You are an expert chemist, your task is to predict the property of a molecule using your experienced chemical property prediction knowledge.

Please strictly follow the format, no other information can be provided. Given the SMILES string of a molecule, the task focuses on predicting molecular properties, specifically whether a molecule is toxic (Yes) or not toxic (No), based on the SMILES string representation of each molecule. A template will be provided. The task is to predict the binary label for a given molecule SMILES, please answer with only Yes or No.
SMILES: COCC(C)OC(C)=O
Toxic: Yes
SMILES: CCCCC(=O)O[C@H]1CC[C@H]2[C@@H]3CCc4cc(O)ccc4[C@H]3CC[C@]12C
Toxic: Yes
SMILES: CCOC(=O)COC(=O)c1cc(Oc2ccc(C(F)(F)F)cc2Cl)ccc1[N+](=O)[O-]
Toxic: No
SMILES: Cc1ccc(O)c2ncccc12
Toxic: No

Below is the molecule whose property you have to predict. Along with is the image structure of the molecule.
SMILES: C[C@H]1O[C@@H](n2cc(F)c(=O)[nH]c2=O)[C@H](O)[C@@H]1O
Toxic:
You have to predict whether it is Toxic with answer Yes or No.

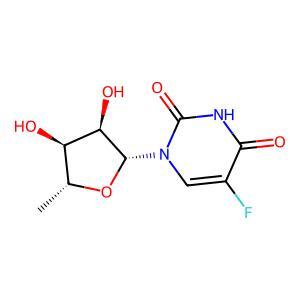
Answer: No